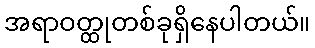
အရာဝတ္ထုတစ်ခုရှိနေပါတယ်။